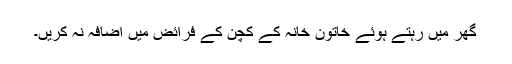
گھر میں رہتے ہوئے خاتون خانہ کے کچن کے فرائض میں اضافہ نہ کریں۔